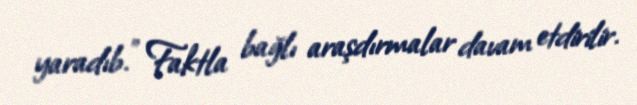
yaradıb.” Faktla bağlı araşdırmalar davam etdirilir.